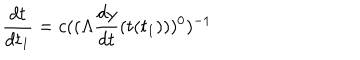
\frac { d t } { d t _ { 1 } } = c ( ( \Lambda \frac { d y } { d t } ( t ( t _ { 1 } ) ) ) ^ { 0 } ) ^ { - 1 }